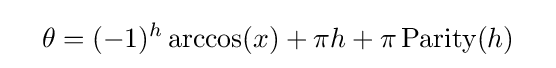
\quad \theta =(-1)^{h}\arccos(x)+\pi h+\pi \operatorname {Parity} (h)\quad